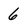
Character: 6